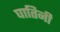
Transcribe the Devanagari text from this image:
घातिनी